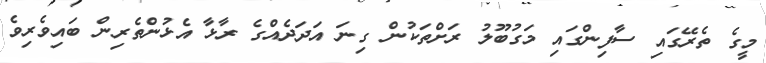
މީގެ ތެރޭގައި ސާފިންގައި މަގުބޫލު ރަށްތަކުން ގިނަ އަދަދެއްގެ ރާޅާ އެޅުންތެރިން ބައިވެރިވެ